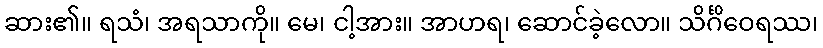
ဆား၏။ ရသံ၊ အရသာကို။ မေ၊ ငါ့အား။ အာဟရ၊ ဆောင်ခဲ့လော။ သိင်္ဂိဝေရဿ၊